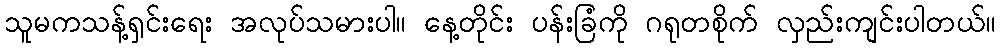
သူမကသန့်ရှင်းရေး အလုပ်သမားပါ။ နေ့တိုင်း ပန်းခြံကို ဂရုတစိုက် လှည်းကျင်းပါတယ်။